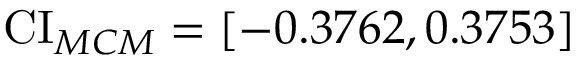
\operatorname { C I } _ { M C M } = [ - 0 . 3 7 6 2 , 0 . 3 7 5 3 ]